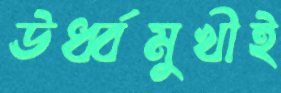
ঊর্ধ্বমুখীই